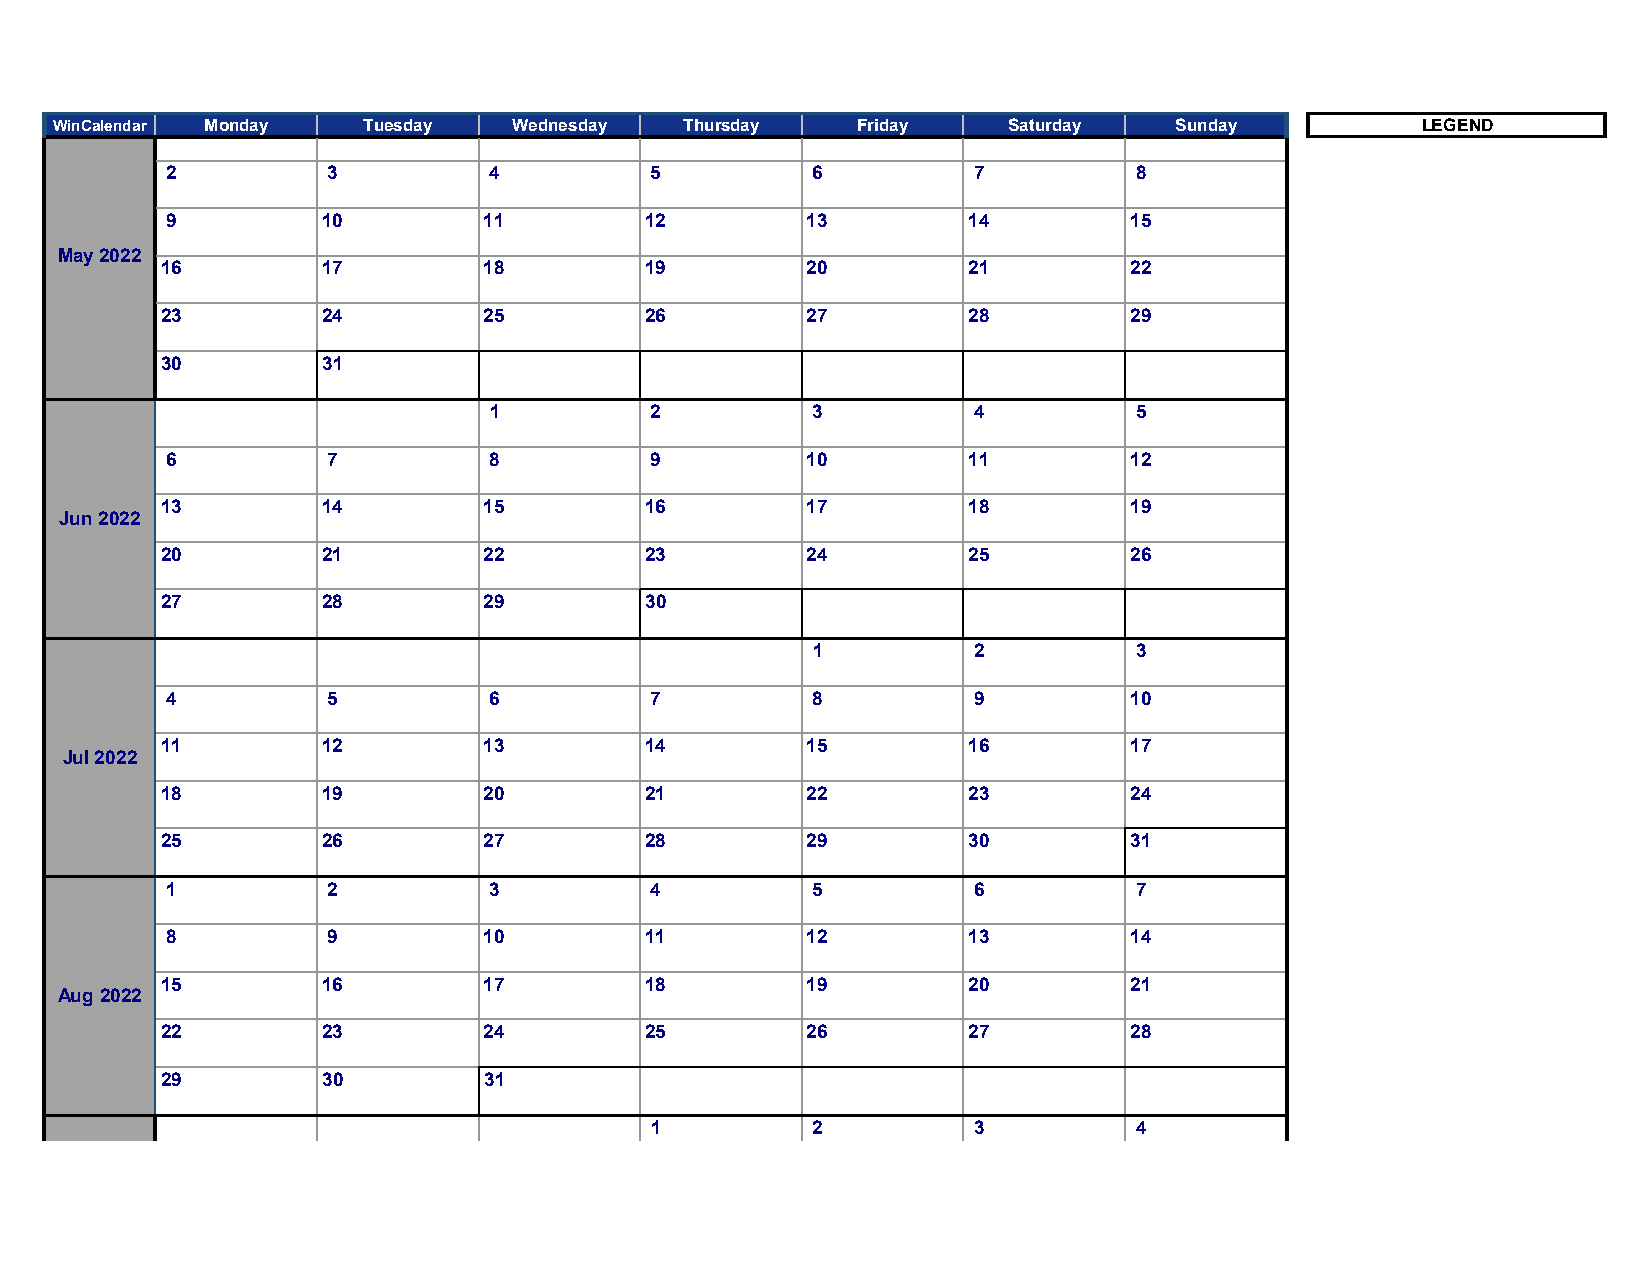
WinCalendar Monday  Tuesday   Wednesday  Thursday    Friday    Saturday   Sunday          LEGEND
 2          3         4          5          6         7          8
 9         10         11         12        13         14         15
 May 2022
 16        17         18         19        20         21         22
 23        24         25         26        27         28         29
 30        31
 1          2          3         4          5
 6          7         8          9         10         11         12
 13        14         15         16        17         18         19
 Jun 2022
 20        21         22         23        24         25         26
 27        28         29         30
 1         2          3
 4          5         6          7          8         9          10
 11        12         13         14        15         16         17
 Jul 2022
 18        19         20         21        22         23         24
 25        26         27         28        29         30         31
 1          2         3          4          5         6          7
 8          9         10         11        12         13         14
 15        16         17         18        19         20         21
 Aug 2022
 22        23         24         25        26         27         28
 29        30         31
 1          2         3          4